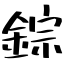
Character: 錝